Annual statistical returns and brief notes on vaccination in Bengal - 1909-1929
Year: 1909
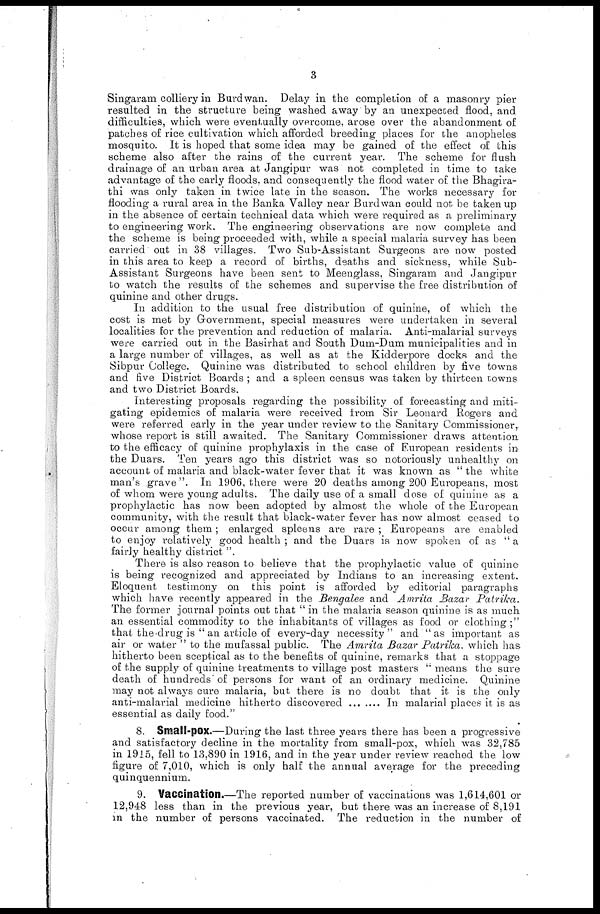
3
Singaram colliery in Burdwan. Delay in the completion of a masonry pier
resulted in the structure being washed away by an unexpected flood, and
difficulties, which were eventually overcome, arose over the abandonment of
patches of rice cultivation which afforded breeding places for the anopheles
mosquito. It is hoped that some idea may be gained of the effect of this
scheme also after the rains of the current year. The scheme for flush
drainage of an urban area at Jangipur was not completed in time to take
advantage of the early floods, and consequently the flood water of the Bhagira-
thi was only taken in twice late in the season. The works necessary for
flooding a rural area in the Banka Valley near Burdwan could not be taken up
in the absence of certain technical data which were required as a preliminary
to engineering work. The engineering observations are now complete and
the scheme is being proceeded with, while a special malaria survey has been
carried out in 38 villages. Two Sub-Assistant Surgeons are now posted
in this area to keep a record of births, deaths and sickness, while Sub-
Assistant Surgeons have been sent to Meenglass, Singaram and Jangipur
to watch the results of the schemes and supervise the free distribution of
quinine and other drugs.
In addition to the usual free distribution of quinine, of which the
cost is met by Government, special measures were undertaken in several
localities for the prevention and reduction of malaria. Anti-malarial surveys
were carried out in the Basirhat and South Dum-Dum municipalities and in
a large number of villages, as well as at the Kidderpore docks and the
Sibpur College. Quinine was distributed to school children by five towns
and five District Boards ; and a spleen census was taken by thirteen towns
and two District Boards.
Interesting proposals regarding the possibility of forecasting and miti-
gating epidemics of malaria were received from Sir Leonard Rogers and
were referred early in the year under review to the Sanitary Commissioner,
whose report is still awaited. The Sanitary Commissioner draws attention
to the efficacy of quinine prophylaxis in the case of European residents in
the Duars. Ten years ago this district was so notoriously unhealthy on
account of malaria and black-water fever that it was known as " the white
man's grave". In 1906, there were 20 deaths among 200 Europeans, most
of whom were young adults. The daily use of a small dose of quinine as a
prophylactic has now been adopted by almost the whole of the European
community, with the result that black-water fever has now almost ceased to
occur among them; enlarged spleens are rare ; Europeans are enabled
to enjoy relatively good health ; and the Duars is now spoken of as " a
fairly healthy district "
There is also reason to believe that the prophylactic value of quinine
is being recognized and appreciated by Indians to an increasing extent.
Eloquent testimony on this point is afforded by editorial paragraphs
which have recently appeared in the Bengalee and Amrita Bazar Patrika.
The former journal points out that " in the malaria season quinine is as much
an essential commodity to the inhabitants of villages as food or clothing ;"
that the drug is " an article of every-day necessity" and ''as important as
air or water " to the mufassal public. The Amrita Bazar Patrika, which has
hitherto been sceptical as to the benefits of quinine, remarks that a stoppage
of the supply of quinine treatments to village post masters '' means the sure
death of hundreds" of persons for want of an ordinary medicine. Quinine
may not always cure malaria, but there is no doubt that it is the only
anti-malarial medicine hitherto discovered
In malarial places it is as
essential as daily food."
8. Small-pox.—During the last three years there has been a progressive
and satisfactory decline in the mortality from small-pox, which was 32,785
in 1915, fell to 13,890 in 1916, and in the year under review reached the low
figure of 7,010, which is only half the annual average for the preceding
quinquennium.
9. Vaccination.—The reported number of vaccinations was 1,614,601 or
12,948 less than in the previous year, but there was an increase of 8,191
in the number of persons vaccinated. The reduction in the number of